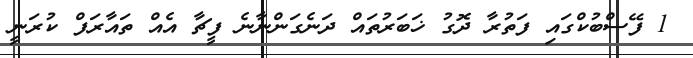
1 ފޭސްބުކްގައި ފަތުރާ ދޮގު ޚަބަރުތައް ދަނެގަންނާނެ ފީޗާ އެއް ތައާރަފް ކުރަނީ